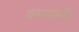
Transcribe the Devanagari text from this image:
बमगार्नर